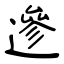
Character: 遪